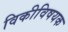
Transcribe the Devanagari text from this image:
विकीविषयक